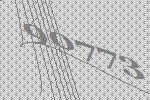
90773